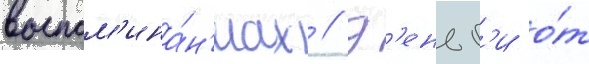
воспом'ина́н'иах // Д'еньг'и о́т